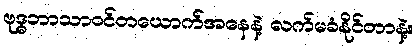
ဗုဒ္ဓဘာသာဝင်တယောက်အနေနဲ့ လက်မခံနိုင်တာနဲ့။